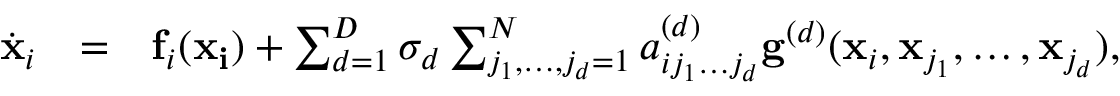
\begin{array} { l l l } { \dot { \mathbf { x } } _ { i } } & { = } & { \mathbf { f } _ { i } ( \mathbf { x _ { i } } ) + \sum _ { d = 1 } ^ { D } \sigma _ { d } \sum _ { j _ { 1 } , \dots , j _ { d } = 1 } ^ { N } a _ { i j _ { 1 } \dots j _ { d } } ^ { ( d ) } \mathbf { g } ^ { ( d ) } ( \mathbf { x } _ { i } , \mathbf { x } _ { j _ { 1 } } , \dots , \mathbf { x } _ { j _ { d } } ) , } \end{array}